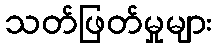
သတ်ဖြတ်မှုများ